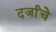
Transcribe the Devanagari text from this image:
दर्जांचे